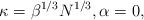
LaTeX: \begin{align*} \kappa = \beta^{1/3} N^{1/3}, \alpha =0, \end{align*}